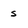
Character: s